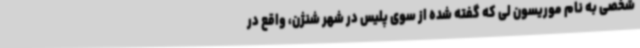
شخصی به نام موریسون لی که گفته شده از سوی پلیس در شهر شنژن، واقع در